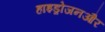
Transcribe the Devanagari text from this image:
हाइड्रोजनऔर